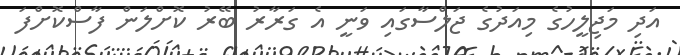
އަދި މަޖިލީހުގެ މިއަދުގެ ޖަލްސާގައި ވަނީ އެ ގަރާރު ބޭރު ކޮށްލަން ފާސްކޮށްފަ